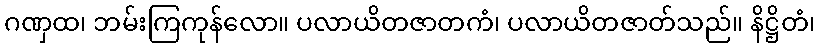
ဂဏှထ၊ ဘမ်းကြကုန်လော။ ပလာယိတဇာတကံ၊ ပလာယိတဇာတ်သည်။ နိဋ္ဌိတံ၊